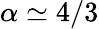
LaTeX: \alpha\simeq 4/3